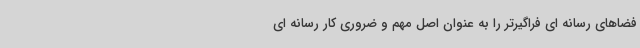
فضاهای رسانه ای فراگیرتر را به عنوان اصل مهم و ضروری کار رسانه ای